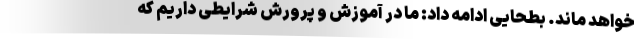
خواهد ماند. بطحایی ادامه داد: ما در آموزش و پرورش شرایطی داریم که